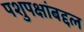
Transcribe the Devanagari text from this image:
पशुपक्षांबद्दल